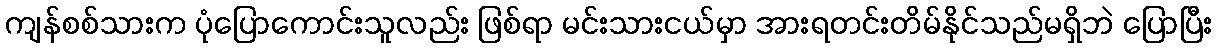
ကျန်စစ်သားက ပုံပြောကောင်းသူလည်း ဖြစ်ရာ မင်းသားငယ်မှာ အားရတင်းတိမ်နိုင်သည်မရှိဘဲ ပြောပြီး